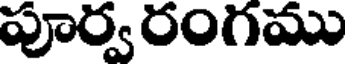
పూర్వ రంగము